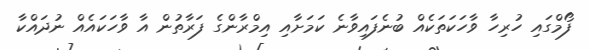
ފޯމްގައި ހުރިހާ ވާހަކަތަކެއް ބުނެފައިވާނެ ކަމަށާއި އިމްރާންގެ ފަރާތުން އާ ވާހަކައެއް ނުދައްކާ